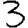
Digit: 3